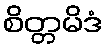
စိတ္တမိဒံ